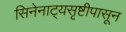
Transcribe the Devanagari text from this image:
सिनेनाट्यसृष्टीपासून